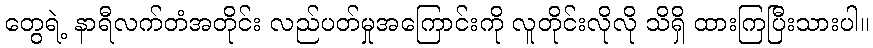
တွေရဲ့ နာရီလက်တံအတိုင်း လည်ပတ်မှုအကြောင်းကို လူတိုင်းလိုလို သိရှိ ထားကြပြီးသားပါ။